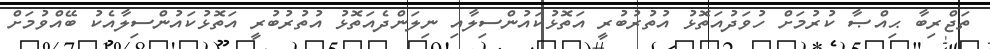
ތަޖްރިބާ ޙިއްޞާ ކުރުމަށް ހުވަދުއަތޮޅު އުތުރުބުރީ އަތޮޅުކައުންސިލާއި ނިލަންދެއަތޮޅު އުތުރުބުރީ އަތޮޅުކައުންސިލާއެކު ބޭއްވުމަށް